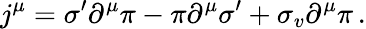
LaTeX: j^{\mu}=\sigma^{\prime}\partial^{\mu}\pi-\pi\partial^{\mu}\sigma^{\prime}+\sigma_{v}\partial^{\mu}\pi\, .